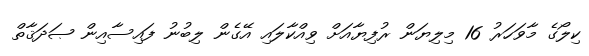
ކިލޯގެ މާވަހަރު 16 މިލިޔަން ރުފިޔާއަށް ވިއްކާލައި އޭގެން ލިބުނު ފައިސާއިން ޞަދަޤާތް